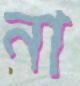
না